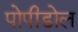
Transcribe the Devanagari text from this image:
पोपीडोल